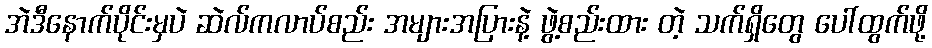
အဲဒီနောက်ပိုင်းမှပဲ ဆဲလ်ကလာပ်စည်း အများအပြားနဲ့ ဖွဲ့စည်းထား တဲ့ သက်ရှိတွေ ပေါ်ထွက်ဖို့